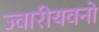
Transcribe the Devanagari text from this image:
ज्वारीयवनों